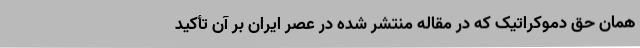
همان حق دموکراتیک که در مقاله‌ منتشر شده در عصر ایران بر آن تأکید